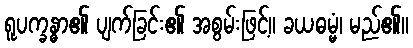
ရူပက္ခန္ဓာ၏ ပျက်ခြင်း၏ အစွမ်းဖြင့်။ ခယဓမ္မံ၊ မည်၏။